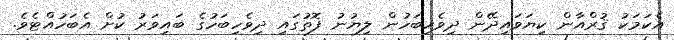
އެކަމަކު ޤުރްއާން ކިޔަވައިދޭން ދިވެހިބަހުން ލިޔުނު ފޮތުގައި ދިވެހިބަހުގެ ބައިވަރު ކުށް އެބަހުއްޓެވެ.